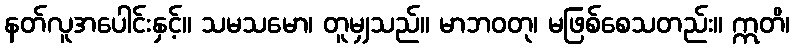
နတ်လူအပေါင်းနှင့်။ သမသမော၊ တူမျှသည်။ မာဘဝတု၊ မဖြစ်စေသတည်း။ ဣတိ၊